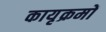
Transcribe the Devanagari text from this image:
कायृक्रमों